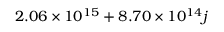
\phantom { - } 2 . 0 6 \times 1 0 ^ { 1 5 } + 8 . 7 0 \times 1 0 ^ { 1 4 } j